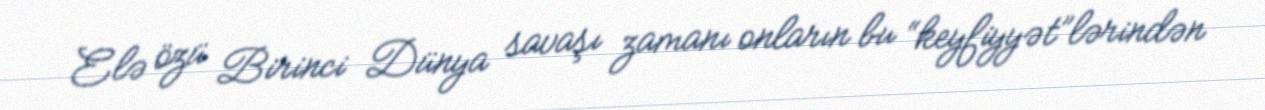
Elə özü Birinci Dünya savaşı zamanı onların bu “keyfiyyət”lərindən